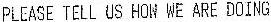
PLEASE TELL US HON WE ARE DOING